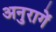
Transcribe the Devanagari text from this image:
अनुरागें